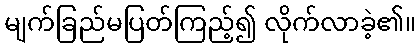
မျက်ခြည်မပြတ်ကြည့်၍ လိုက်လာခဲ့၏။